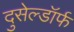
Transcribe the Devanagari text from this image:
दुसेल्डॉर्फ